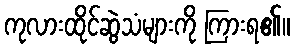
ကုလားထိုင်ဆွဲသံများကို ကြားရ၏။